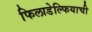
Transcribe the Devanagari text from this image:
फिलाडेल्फियाची